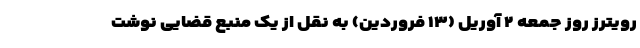
رویترز روز جمعه ۲ آوریل (۱۳ فروردین) به نقل از یک منبع قضایی نوشت